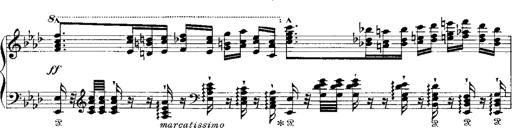
Title: Miserere du Trovatore
Composer: Franz Liszt